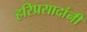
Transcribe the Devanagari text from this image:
हरिप्रसादांनी